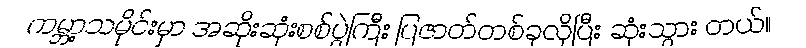
ကမ္ဘာ့သမိုင်းမှာ အဆိုးဆုံးစစ်ပွဲကြီး ပြဇာတ်တစ်ခုလိုပြီး ဆုံးသွား တယ်။